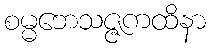
စမ္မဘေသဇ္ဇကထိနာ